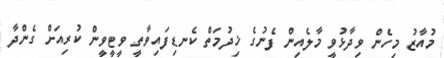
މުއާޒު މިހެން ވިދާޅުވީ މާލެއިން ފެނުގެ ޚިދުމަތް ކެނޑިފައިވާތީ ވީޓީވީން ކުރިއަށް ގެންދާ